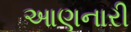
આણનારી